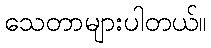
သေတာများပါတယ်။